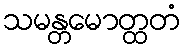
သမန္တမောတ္ထတံ